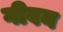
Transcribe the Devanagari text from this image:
गीवन